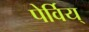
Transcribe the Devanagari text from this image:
पेर्विय्